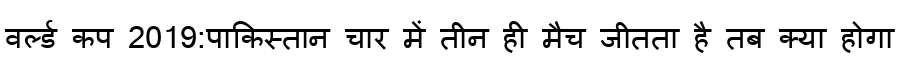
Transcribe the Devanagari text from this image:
वर्ल्ड कप 2019:पाकिस्तान चार में तीन ही मैच जीतता है तब क्या होगा